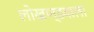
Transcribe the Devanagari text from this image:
लोखण्डवाला